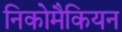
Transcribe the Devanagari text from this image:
निकोमैकियन